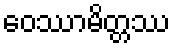
ဝေဿာမိတ္တဿ